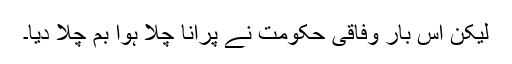
لیکن اس بار وفاقی حکومت نے پرانا چلا ہوا بم چلا دیا۔